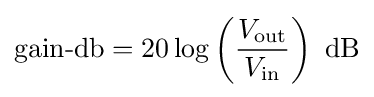
{\text{gain-db}}=20\log \left({\frac {V_{\text{out}}}{V_{\text{in}}}}\right)~{\text{dB}}